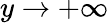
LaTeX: y\to+\infty